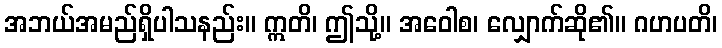
အဘယ်အမည်ရှိပါသနည်း။ ဣတိ၊ ဤသို့။ အဝေါစ၊ လျှောက်ဆို၏။ ဂဟပတိ၊